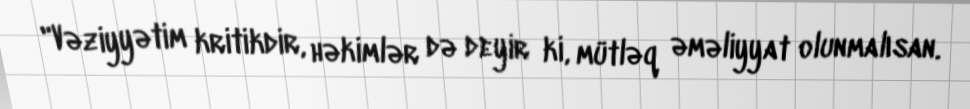
"Vəziyyətim kritikdir, həkimlər də deyir ki, mütləq əməliyyat olunmalısan.